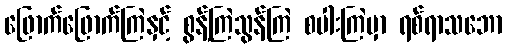
ဖြောက်ဖြောက်ကြဲနှင့် စွန့်ကြဲသွန်ကြဲ စပါးကြဲမှာ ရစ်ရာသဘော